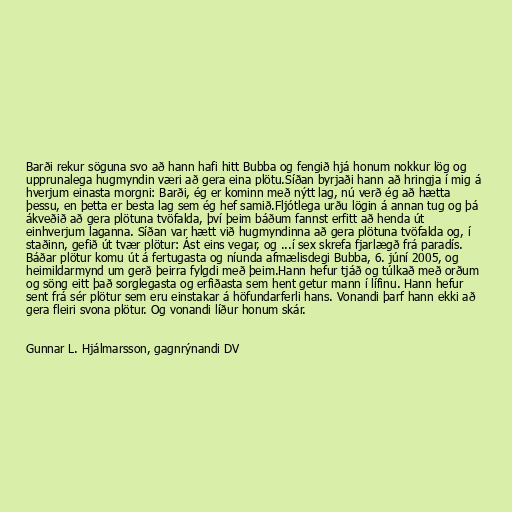
Barði rekur söguna svo að hann hafi hitt Bubba og fengið hjá honum nokkur lög og
upprunalega hugmyndin væri að gera eina plötu.Síðan byrjaði hann að hringja í mig á
hverjum einasta morgni: Barði, ég er kominn með nýtt lag, nú verð ég að hætta
þessu, en þetta er besta lag sem ég hef samið.Fljótlega urðu lögin á annan tug og þá
ákveðið að gera plötuna tvöfalda, því þeim báðum fannst erfitt að henda út
einhverjum laganna. Síðan var hætt við hugmyndinna að gera plötuna tvöfalda og, í
staðinn, gefið út tvær plötur: Ást eins vegar, og ...í sex skrefa fjarlægð frá paradís.
Báðar plötur komu út á fertugasta og níunda afmælisdegi Bubba, 6. júní 2005, og
heimildarmynd um gerð þeirra fylgdi með þeim.Hann hefur tjáð og túlkað með orðum
og söng eitt það sorglegasta og erfiðasta sem hent getur mann í lífinu. Hann hefur
sent frá sér plötur sem eru einstakar á höfundarferli hans. Vonandi þarf hann ekki að
gera fleiri svona plötur. Og vonandi líður honum skár.

Gunnar L. Hjálmarsson, gagnrýnandi DV